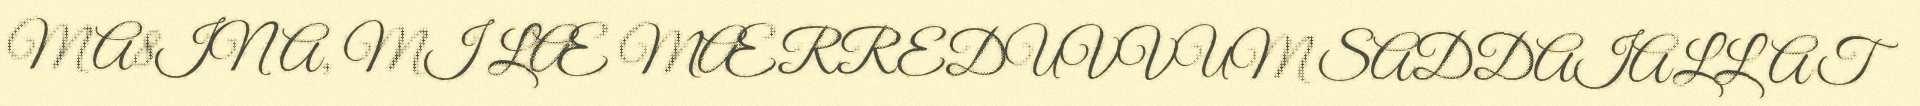
MA8INA, MI LÆ MÆRREDUVVUM SADDAIALLAT